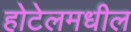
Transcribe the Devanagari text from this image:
होटेलमधील